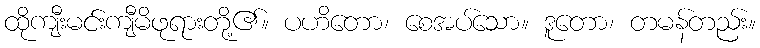
ထိုကျီးမင်းကျီမိဖုရားတို့၏။ ပဟိတော၊ စေအပ်သော။ ဒူတော၊ တမန်တည်း။